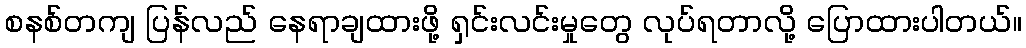
စနစ်တကျ ပြန်လည် နေရာချထားဖို့ ရှင်းလင်းမှုတွေ လုပ်ရတာလို့ ပြောထားပါတယ်။